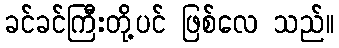
ခင်ခင်ကြီးတို့ပင် ဖြစ်လေ သည်။